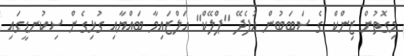
މިގޮތުން ޒިންކް ގެ ސަބަބުން އުފެދޭ ''ޕްލޭކް'' އަލްޒައިމާ ބައްޔާއި ގުޅިގެން ސިކުނޑީގައި